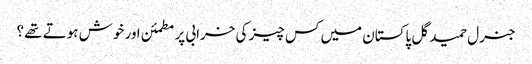
جنرل حمید گل پاکستان میں کس چیز کی خرابی پر مطمئن اور خوش ہوتے تھے ؟